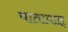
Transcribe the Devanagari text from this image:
यातायात्